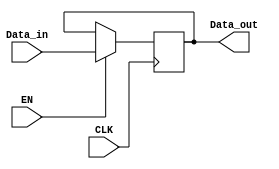
`timescale 1ns / 1ps
//////////////////////////////////////////////////////////////////////////////////
// Company: 
// Engineer: 
// 
// Design Name: 
// Module Name:    FlipFlop_EN 
// Project Name: 
// Target Devices: 
// Tool versions: 
// Description: 
//
// Dependencies: 
//
// Revision: 
// Revision 0.01 - File Created
// Additional Comments: 
//
//////////////////////////////////////////////////////////////////////////////////
module FlipFlop_EN(Data_in , Data_out , CLK , EN
    );
input[31:0]Data_in;
input CLK;
input EN;
output[31:0]Data_out;
reg[31:0]Data_out;

always@(posedge CLK) begin
	if(EN==1)
	 Data_out<=Data_in;
end

endmodule